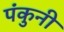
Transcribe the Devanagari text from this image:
पंकुनी